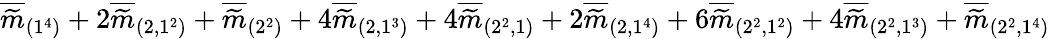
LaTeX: \overline{{\widetilde{m}}}_{(1^{4})}+2\overline{{\widetilde{m}}}_{(2,1^{2})}+\overline{{\widetilde{m}}}_{(2^{2})}+4\overline{{\widetilde{m}}}_{(2,1^{3})}+4\overline{{\widetilde{m}}}_{(2^{2},1)}+2\overline{{\widetilde{m}}}_{(2,1^{4})}+6\overline{{\widetilde{m}}}_{(2^{2},1^{2})}+4\overline{{\widetilde{m}}}_{(2^{2},1^{3})}+\overline{{\widetilde{m}}}_{(2^{2},1^{4})}